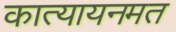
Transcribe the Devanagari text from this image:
कात्यायनमत